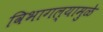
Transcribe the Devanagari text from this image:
विभागल्यामुळे